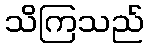
သိကြသည်